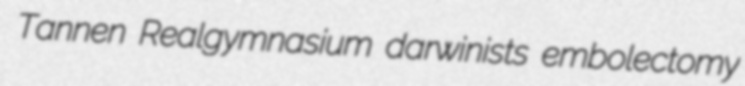
Tannen Realgymnasium darwinists embolectomy